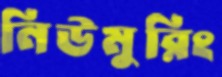
নিউমুরিং